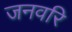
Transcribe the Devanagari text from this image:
जनवरि